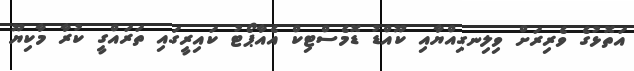
އަތޮޅުގެ ވެރިރަށް ވިލިނގިއްޔާއި ކޫއްޑު ޑޮމެސްޓިކް އެއާޕޯޓު ކައިރީގައި ތަރައްގީ ކުރާ މާކިޔޫ